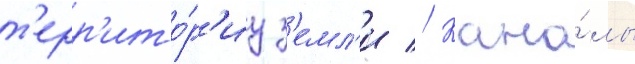
т'ерр'ито́р'иу з'емл'и // Кана́лы